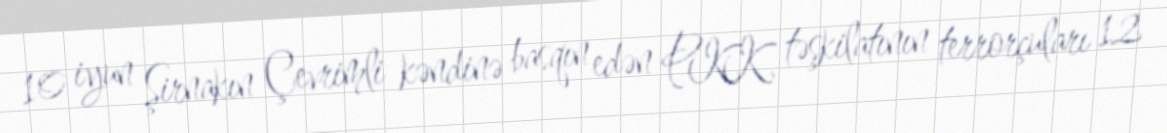
10 iyun Şirnakın Çevrimli kəndinə basqın edən PKK təşkilatının terrorçuları 12